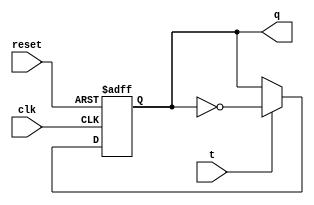
module t_ff(input clk, t, reset, output reg q);
  always@(posedge clk,negedge reset)
    begin
      if(!reset)
        q <= 0;
      else
        if(t)
          q <= ~q;
        else
          q <= q;
    end
endmodule